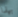
بهذا